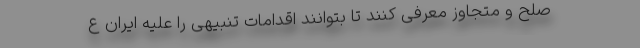
صلح و متجاوز معرفی کنند تا بتوانند اقدامات تنبیهی را علیه ایران ع